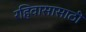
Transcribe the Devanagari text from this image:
रहिवासासाठी